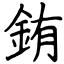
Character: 銪